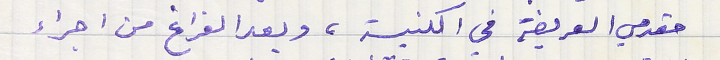
مقدمي العريضة في الكنيسة، وبعد الفراغ من اجراء